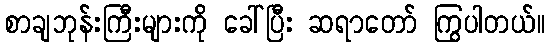
စာချဘုန်းကြီးများကို ခေါ်ပြီး ဆရာတော် ကြွပါတယ်။